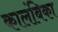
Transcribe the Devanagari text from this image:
कालंबिका